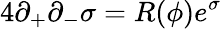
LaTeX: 4\partial_{+}\partial_{-}\sigma=R(\phi)e^{\sigma}